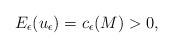
LaTeX: \begin{align*}E_{\epsilon}(u_{\epsilon})=c_{\epsilon}(M)>0,\end{align*}